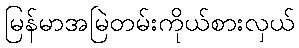
မြန်မာအမြဲတမ်းကိုယ်စားလှယ်